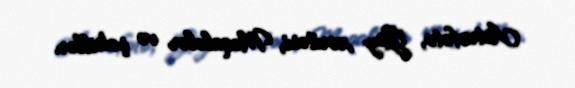
Astrofoto, Göy xəritəsi, Məqalələr və şəkillər.